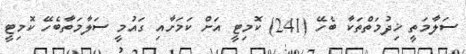
ސަލާމަތީ ޚިދުމަތްތަކާ ބެހޭ (241) ކޮމިޓީ އަށް ކަަމަށާއި ގައުމީ ސަލާމަތާބެހޭ ކޮމިޓީ